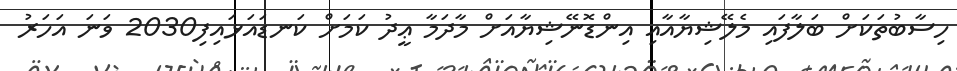
ހިސާބުތަކަށް ބަލާފައި މެލޭޝިޔާއާއި އިންޑޮނޭޝިޔާއަށް މާދަމާ ޢީދު ކަމަށް ކަނޑައަޅައިފި2030 ވަނަ އަހަރު